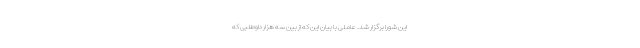
این شورا برگزار شد. عاملی با بیان این که از بین سه هزار داوطلبی که